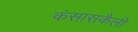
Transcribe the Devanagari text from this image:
कंसासकैली